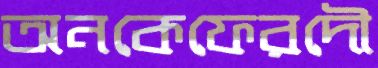
অনকেফেরদৌ